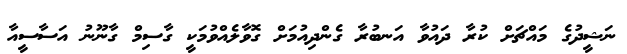
ނަޝީދުގެ މައްޗަށް ކުރާ ދައުވާ އަނބުރާ ގެންދިއުމަށް ގޮވާލެއްވުމަކީ ގާސިމް ގާނޫނު އަސާސީއާ